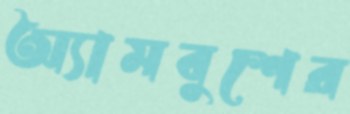
অ্যামবুশের